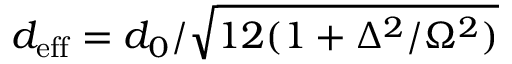
d _ { \mathrm { e f f } } = d _ { 0 } / \sqrt { 1 2 ( 1 + \Delta ^ { 2 } / \Omega ^ { 2 } ) }